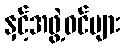
နှင့်အဖွဲ့ဝင်များ